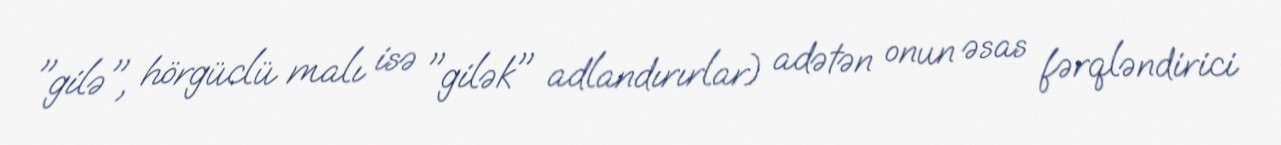
"gilə", hörgüclü malı isə "gilək" adlandırırlar) adətən onun əsas fərqləndirici